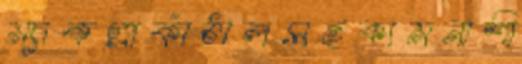
ম্যাকগ্রাকাঁঠালসহকামনাশী